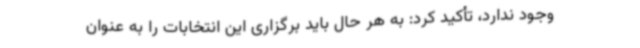
وجود ندارد، تأکید کرد: به هر حال باید برگزاری این انتخابات را به عنوان